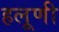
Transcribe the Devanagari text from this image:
हलूणी